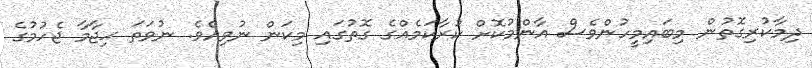
ދިމާކުރިގޮތުން މިބައިމީހުންވެސް އާންމުކޮށް ކުރާކަމެއްގެ ގޮތުގައި މިކަން ނުވިއެވެ. ނުވަތަ ޙިޖާމާ ޖެހުމުގެ